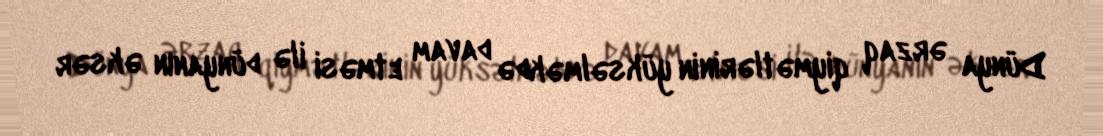
Dünya ərzaq qiymətlərinin yüksəlməkdə davam etməsi ilə dünyanın əksər